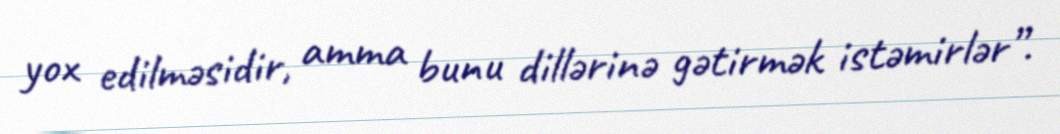
yox edilməsidir, amma bunu dillərinə gətirmək istəmirlər”.